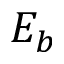
E _ { b }